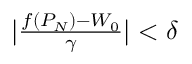
\begin{array} { r } { | \frac { f ( P _ { N } ) - W _ { 0 } } { \gamma } | < \delta } \end{array}